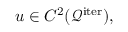
u \in C ^ { 2 } ( \mathcal { Q } ^ { \mathrm { i t e r } } ) ,